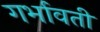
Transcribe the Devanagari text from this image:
गर्भावती